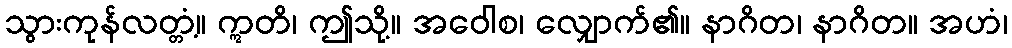
သွားကုန်လတ္တံ့။ ဣတိ၊ ဤသို့။ အဝေါစ၊ လျှောက်၏။ နာဂိတ၊ နာဂိတ။ အဟံ၊